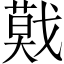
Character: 𢨃